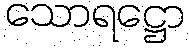
သောရဋ္ဌော